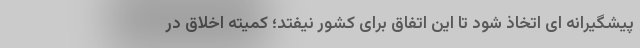
پیشگیرانه ای اتخاذ شود تا این اتفاق برای کشور نیفتد؛ کمیته اخلاق در